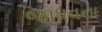
જાધવના